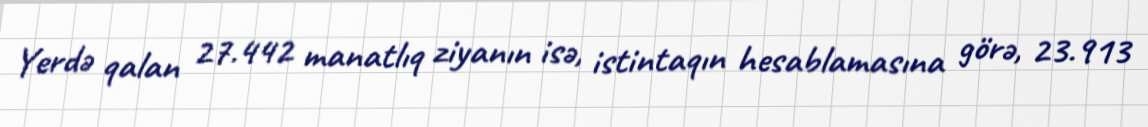
Yerdə qalan 27.442 manatlıq ziyanın isə, istintaqın hesablamasına görə, 23.913